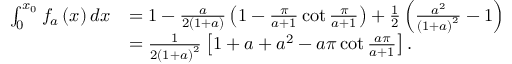
\begin{array} { r l } { \int _ { 0 } ^ { x _ { 0 } } f _ { a } \left( x \right) d x } & { = 1 - \frac { a } { 2 \left( 1 + a \right) } \left( 1 - \frac { \pi } { a + 1 } \cot \frac { \pi } { a + 1 } \right) + \frac { 1 } { 2 } \left( \frac { a ^ { 2 } } { \left( 1 + a \right) ^ { 2 } } - 1 \right) } \\ & { = \frac { 1 } { 2 \left( 1 + a \right) ^ { 2 } } \left[ 1 + a + a ^ { 2 } - a \pi \cot \frac { a \pi } { a + 1 } \right] . } \end{array}